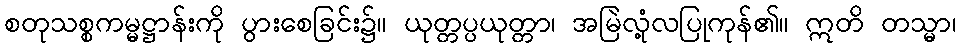
စတုသစ္စကမ္မဋ္ဌာန်းကို ပွားစေခြင်း၌။ ယုတ္တပ္ပယုတ္တာ၊ အမြဲလုံ့လပြုကုန်၏။ ဣတိ တသ္မာ၊